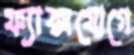
ফ্যাক্সযোগে